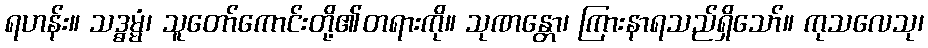
ရဟန်း။ သဒ္ဓမ္မံ၊ သူတော်ကောင်းတို့၏တရားကို။ သုဏန္တော၊ ကြားနာရသည်ရှိသော်။ ကုသလေသု၊